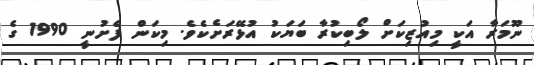
ނޫމަރާ އަކީ މިއުޒިކަށް ލޯބިކުރާ ބަޔަކު އުޅޭރަށެކެވެ. މިކަން ފެށުނީ 1990 ގެ